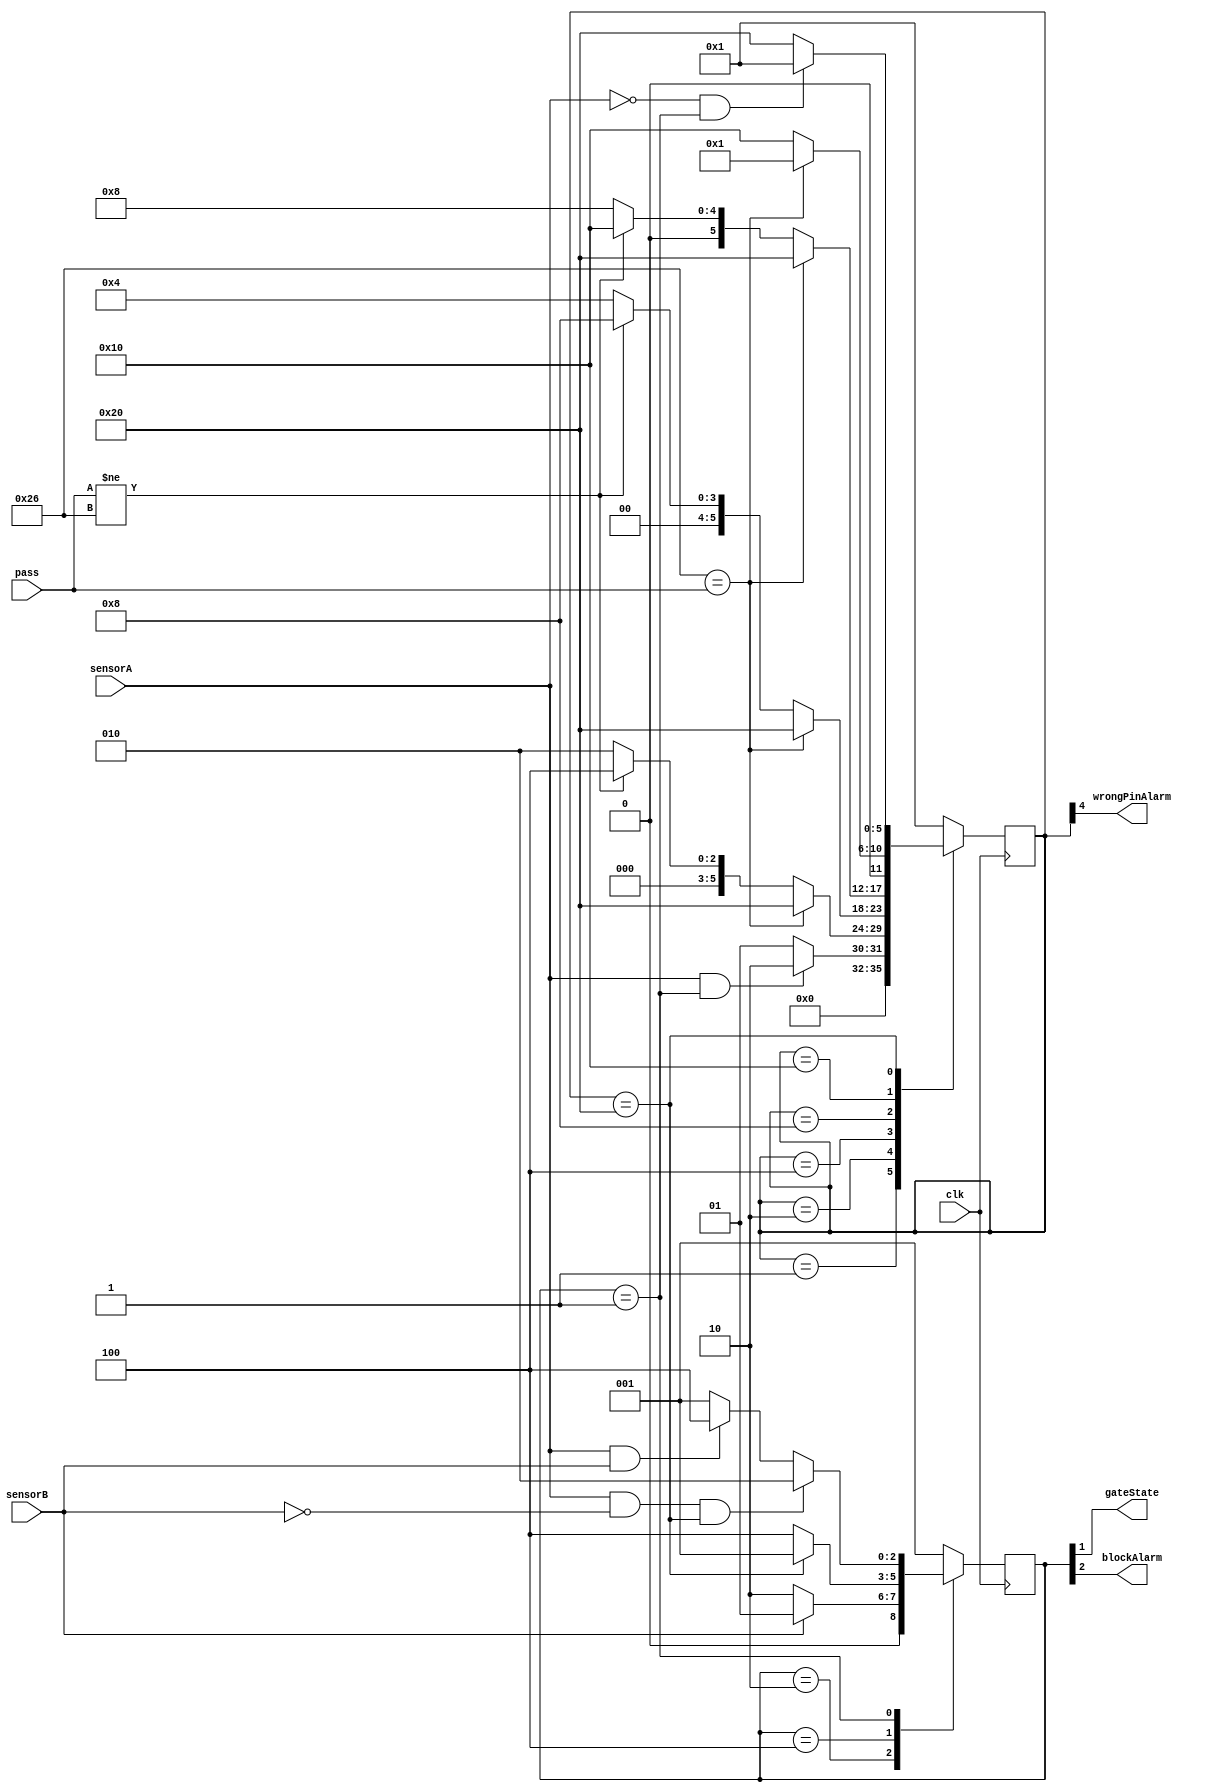
module parkingmanager (
    input wire clk,
    input wire sensorA,
    input wire sensorB,
    input wire [7:0] pass,
    output wire gateState,
    output wire wrongPinAlarm,
    output wire blockAlarm
);

parameter standby =    6'b000001;
parameter carArrived = 6'b000010;
parameter secondTry =  6'b000100;
parameter thirdTry =   6'b001000;
parameter wrongPin =   6'b010000;
parameter rightPin =   6'b100000;

parameter mypass = 8'b00100110;   // B97026: 26 ---> 0010 0110
                                  // 0x26 = 8'b00100110

reg [5:0] state;
reg [5:0] nextState;

// ----------------------------------------------------------------------------
parameter gateClose = 3'b001;
parameter gateOpen = 3'b010;
parameter gateBlock = 3'b100;

reg [2:0] gstate;
reg [2:0] nextGstate;

// ----------------------------------------------------------------------------
// Reemplazando las salidas de reg por su relación a pines de los estados

assign gateState = gstate[1];
assign wrongPinAlarm = state[4];
assign blockAlarm = gstate[2];


initial begin
    state = standby;
    gstate = gateClose;
end

always @(posedge clk) begin
    state = nextState;
    gstate = nextGstate;
end


always begin   

case (state)
    standby: begin
        if (sensorA && gstate == gateClose) begin
             nextState = carArrived;
        end
        else begin
            nextState = standby;
        end
    end
    
    carArrived: begin
        if (mypass == pass) begin
          nextState = rightPin;
        end
        else if (pass != mypass) begin
          nextState = secondTry;
        end
        else begin
          nextState = carArrived;
        end
    end
    
    secondTry: begin
        if (mypass == pass) begin
            nextState = rightPin;
        end
        else if (pass != mypass) begin
            nextState = thirdTry;
        end
        else begin
            nextState = secondTry;
        end
    end

    thirdTry: begin
        if (mypass == pass) begin
            nextState = rightPin;
        end
        else if (pass != mypass) begin
            nextState = wrongPin;
        end
        else begin
            nextState = thirdTry;
        end
    end
    
    wrongPin: begin 
    if (mypass == pass) begin
        nextState = standby;
    end
    else begin
        nextState = wrongPin; 
    end
    end

    rightPin: begin 
    if (~sensorA && gstate == gateClose) begin
        nextState = standby;
    end
    else begin
        nextState = rightPin;
    end
    end

    default:begin
        nextState = standby;
    end
endcase


case (gstate)
    gateOpen: begin
      if (sensorB) begin
        nextGstate = gateClose;
      end
      else begin
        nextGstate = gateOpen;
      end
    end

    gateBlock: begin
        if (state == rightPin) begin
            nextGstate = gateClose;
        end
        else begin
            nextGstate = gateBlock; 
        end
    end

    gateClose: 
    begin
      if (sensorA && ~sensorB && state == rightPin) begin
      nextGstate = gateOpen;
      end
      else if (sensorA && sensorB) begin
      nextGstate = gateBlock;
      end
      else begin
      nextGstate = gateClose;
      end
    end
    default: begin
        nextGstate = gateClose;
    end
endcase

end

endmodule